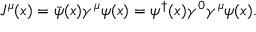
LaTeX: J ^ { \mu } ( x ) = \bar { \psi } ( x ) \gamma ^ { \mu } \psi ( x ) = \psi ^ { \dagger } ( x ) \gamma ^ { 0 } \gamma ^ { \mu } \psi ( x ) .